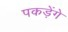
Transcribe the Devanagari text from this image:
पकड़ेंगे